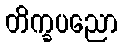
တိက္ခပညော